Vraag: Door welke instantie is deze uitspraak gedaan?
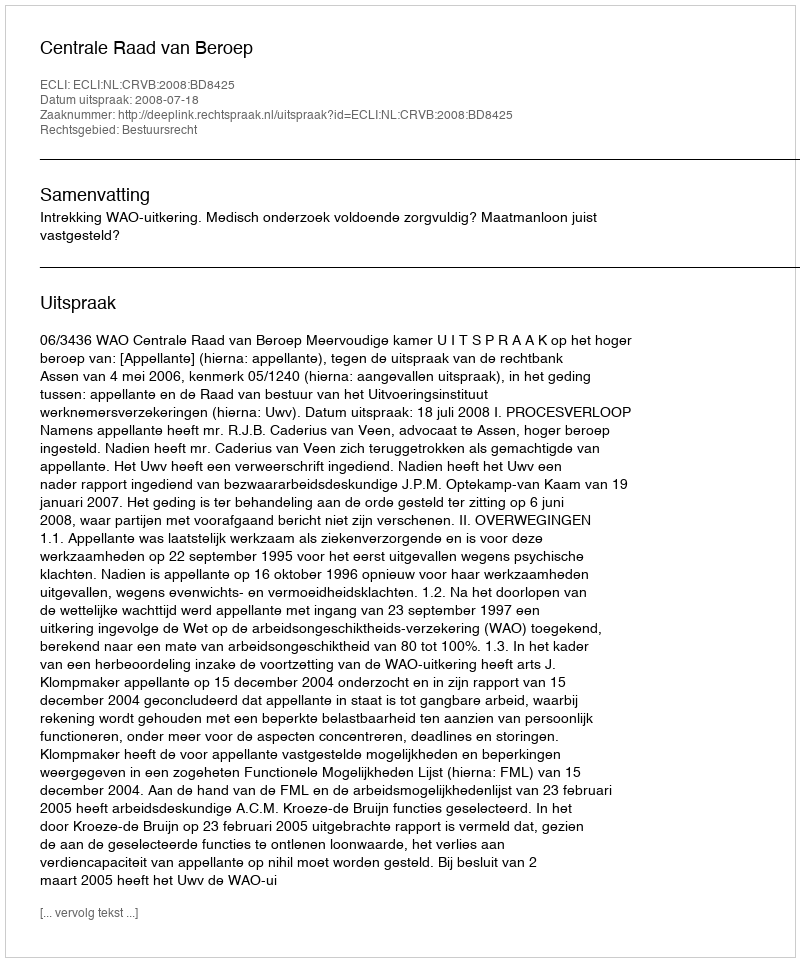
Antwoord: Centrale Raad van Beroep